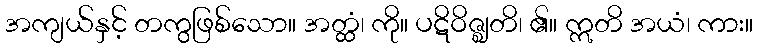
အကျယ်နှင့် တကွဖြစ်သော။ အတ္ထံ၊ ကို။ ပဋိဝိဇ္ဈတိ၊ ၏။ ဣတိ အယံ၊ ကား။